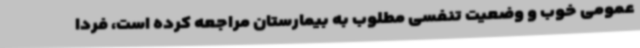
عمومی خوب و وضعیت تنفسی مطلوب به بیمارستان مراجعه کرده است، فردا